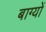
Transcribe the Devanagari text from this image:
बाग्यों